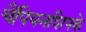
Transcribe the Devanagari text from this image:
चैंपियनशिपके